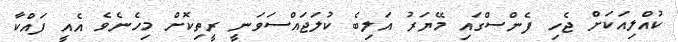
ކުއްލިއަކަށް ޖެހި ފެންސްގައި މޭޔަރު އަލިބެ ކުލަޖައްސަވަނީ ރީތިކޮށް މިހެނެވެ އެއީ ފައްކާ